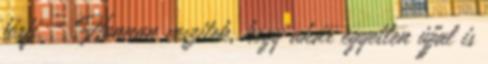
férfi. – Honnan veszitek, hogy akár egyetlen újjal is